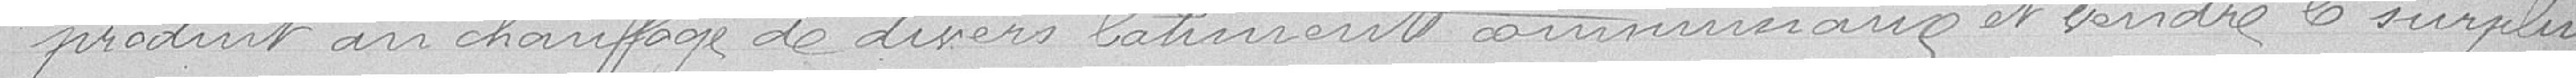
produit un chauffage de divers bâtiments communaux et vendre le surplus